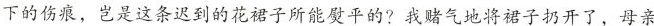
下的伤痕，岂是这条迟到的花裙子所能熨平的?我赌气地将裙子扔开了，母亲